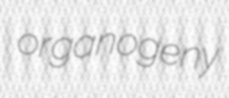
organogeny